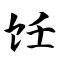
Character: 饪